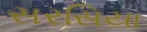
સરસિયા